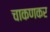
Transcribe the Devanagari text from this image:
चाकणकर